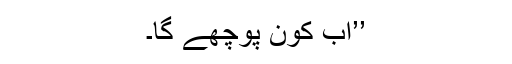
’’اب کون پوچھے گا۔